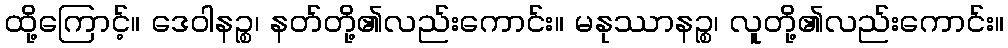
ထို့ကြောင့်။ ဒေဝါနဉ္စ၊ နတ်တို့၏လည်းကောင်း။ မနုဿာနဉ္စ၊ လူတို့၏လည်းကောင်း။